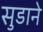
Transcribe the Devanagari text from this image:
सुडाने